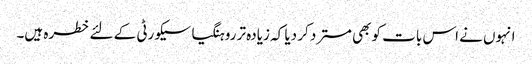
انہوں نے اس بات کو بھی مسترد کر دیا کہ زیادہ تر روہنگیا سیکورٹی کے لئے خطرہ ہیں۔